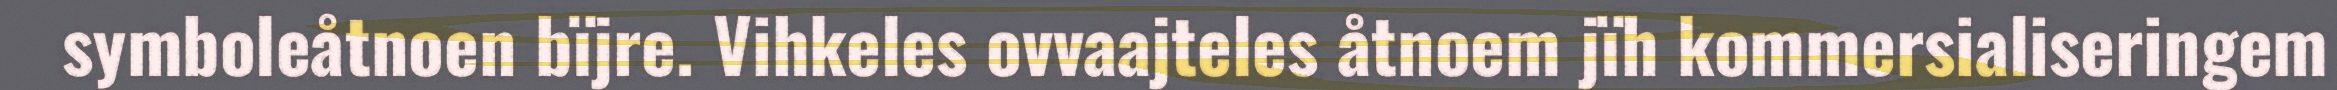
symboleåtnoen bïjre. Vihkeles ovvaajteles åtnoem jïh kommersialiseringem